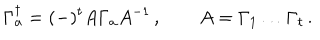
\Gamma _ { a } ^ { \dagger } = ( - ) ^ { t } A \Gamma _ { a } A ^ { - 1 } \, , \qquad A = \Gamma _ { 1 } \ldots \Gamma _ { t } \, .